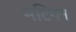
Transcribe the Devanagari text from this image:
मटिगन